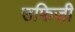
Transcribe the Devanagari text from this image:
उफिजी